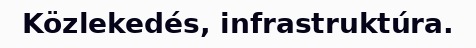
Közlekedés, infrastruktúra.